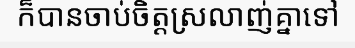
ក៏បានចាប់ចិត្តស្រលាញ់គ្នាទៅ